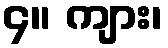
၄။ ကျား၊